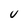
Character: U